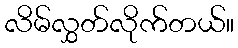
လိမ်လွှတ်လိုက်တယ်။